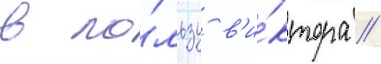
в по́льзу в'и́ктора /